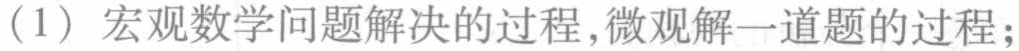
(1) 宏观数学问题解决的过程,微观解一道题的过程;